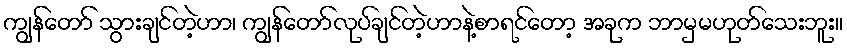
ကျွန်တော် သွားချင်တဲ့ဟာ၊ ကျွန်တော်လုပ်ချင်တဲ့ဟာနဲ့စာရင်တော့ အခုက ဘာမှမဟုတ်သေးဘူး။